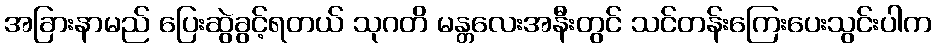
အခြားနာမည် ပြေးဆွဲခွင့်ရတယ် သုဂတိ မန္တလေးအနီးတွင် သင်တန်းကြေးပေးသွင်းပါက